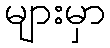
များမှာ